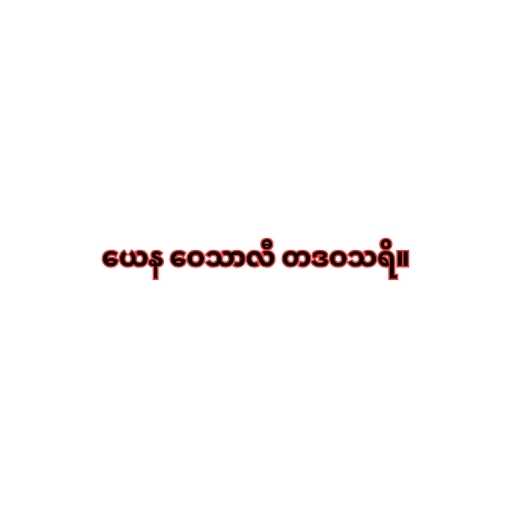
ယေန ဝေသာလီ တဒဝသရိ။